Indian journal of veterinary science and animal husbandry - Volume 7,
Year: 1937
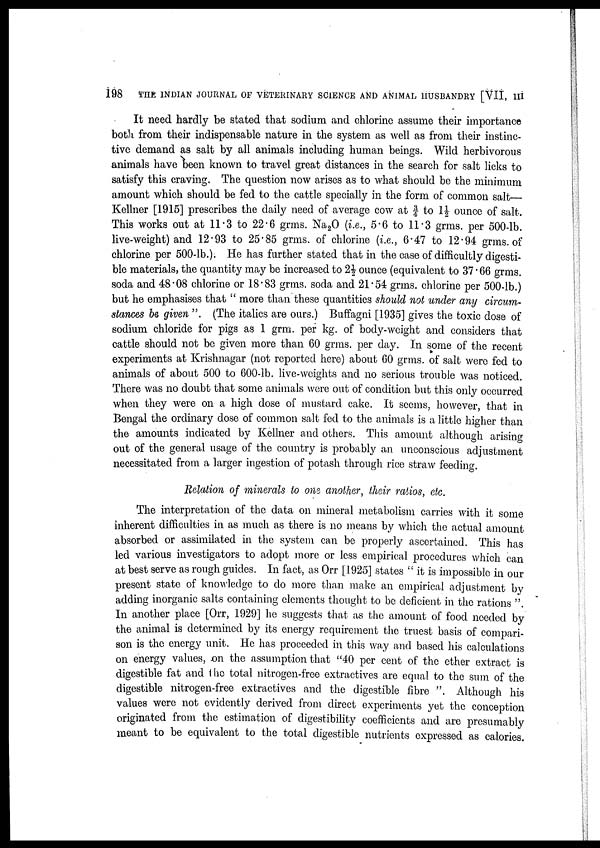
198
THE INDIAN JOURNAL OF VETERINARY SCIENCE AND ANIMAL HUSBANDRY [VII, III
It need hardly be stated that sodium and chlorine assume their importance
both from their indispensable nature in the system as well as from their instinc-
tive demand as salt by all animals including human beings. Wild herbivorous
animals have been known to travel great distances in the search for salt licks to
satisfy this craving. The question now arises as to what should be the minimum
amount which should be fed to the cattle specially in the form of common salt—
Kellner [1915] prescribes the daily need of average cow at ¾ to 1½ ounce of salt.
This works out at 11.3 to 22.6 grms. Na 2 O (i.e., 5.6 to 11 3 grms. per 500-lb.
live-weight) and 12.93 to 25.85 grms. of chlorine (i.e., 6.47 to 12.94 grms. of
chlorine per 500-lb.). He has further stated that in the case of difficultly digesti-
ble materials, the quantity may be increased to 2½ ounce (equivalent to 37.66 grms.
soda and 48.08 chlorine or 18.83 grms. soda and 21.54 grms. chlorine per 500-lb.)
but he emphasises that " more than these quantities should not under any circum-
stances be given ". (The italics are ours.) Buffagni [1935] gives the toxic dose of
sodium chloride for pigs as 1 grm. per kg. of body-weight and considers that
cattle should not be given more than 60 grms. per day. In some of the recent
experiments at Krishnagar (not reported here) about 60 grms. of salt were fed to
animals of about 500 to 600-lb. live-weights and no serious trouble was noticed.
There was no doubt that some animals were out of condition but this only occurred
when they were on a high dose of mustard cake. It seems, however, that in
Bengal the ordinary dose of common salt fed to the animals is a little higher than
the amounts indicated by Kellner and others. This amount although arising
out of the general usage of the country is probably an unconscious adjustment
necessitated from a larger ingestion of potash through rice straw feeding.
Relation of minerals to one another, their ratios, etc.
The interpretation of the data on mineral metabolism carries with it some
inherent difficulties in as much as there is no means by which the actual amount
absorbed or assimilated in the system can be properly ascertained. This has
led various investigators to adopt more or less empirical procedures which can
at best serve as rough guides. In fact, as Orr [1925] states " it is impossible in our
present state of knowledge to do more than make an empirical adjustment by
adding inorganic salts containing elements thought to be deficient in the rations ".
In another place [Orr, 1929] he suggests that as the amount of food needed by
the animal is determined by its energy requirement the truest basis of compari-
son is the energy unit. He has proceeded in this way and based his calculations
on energy values, on the assumption that "40 per cent of the ether extract is
digestible fat and the total nitrogen-free extractives are equal to the sum of the
digestible nitrogen-free extractives and the digestible fibre ". Although his
values were not evidently derived from direct experiments yet the conception
originated from the estimation of digestibility coefficients and are presumably
meant to be equivalent to the total digestible nutrients expressed as calories.